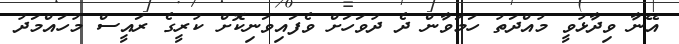
އޭނާ ވިދާޅުވީ މުއްދަތު ހަމަވާން ދެ ދުވަހަށް ވެފައިވަނިކޮށް ކުރީގެ ރައީސް މުހައްމަދު